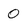
Character: 0